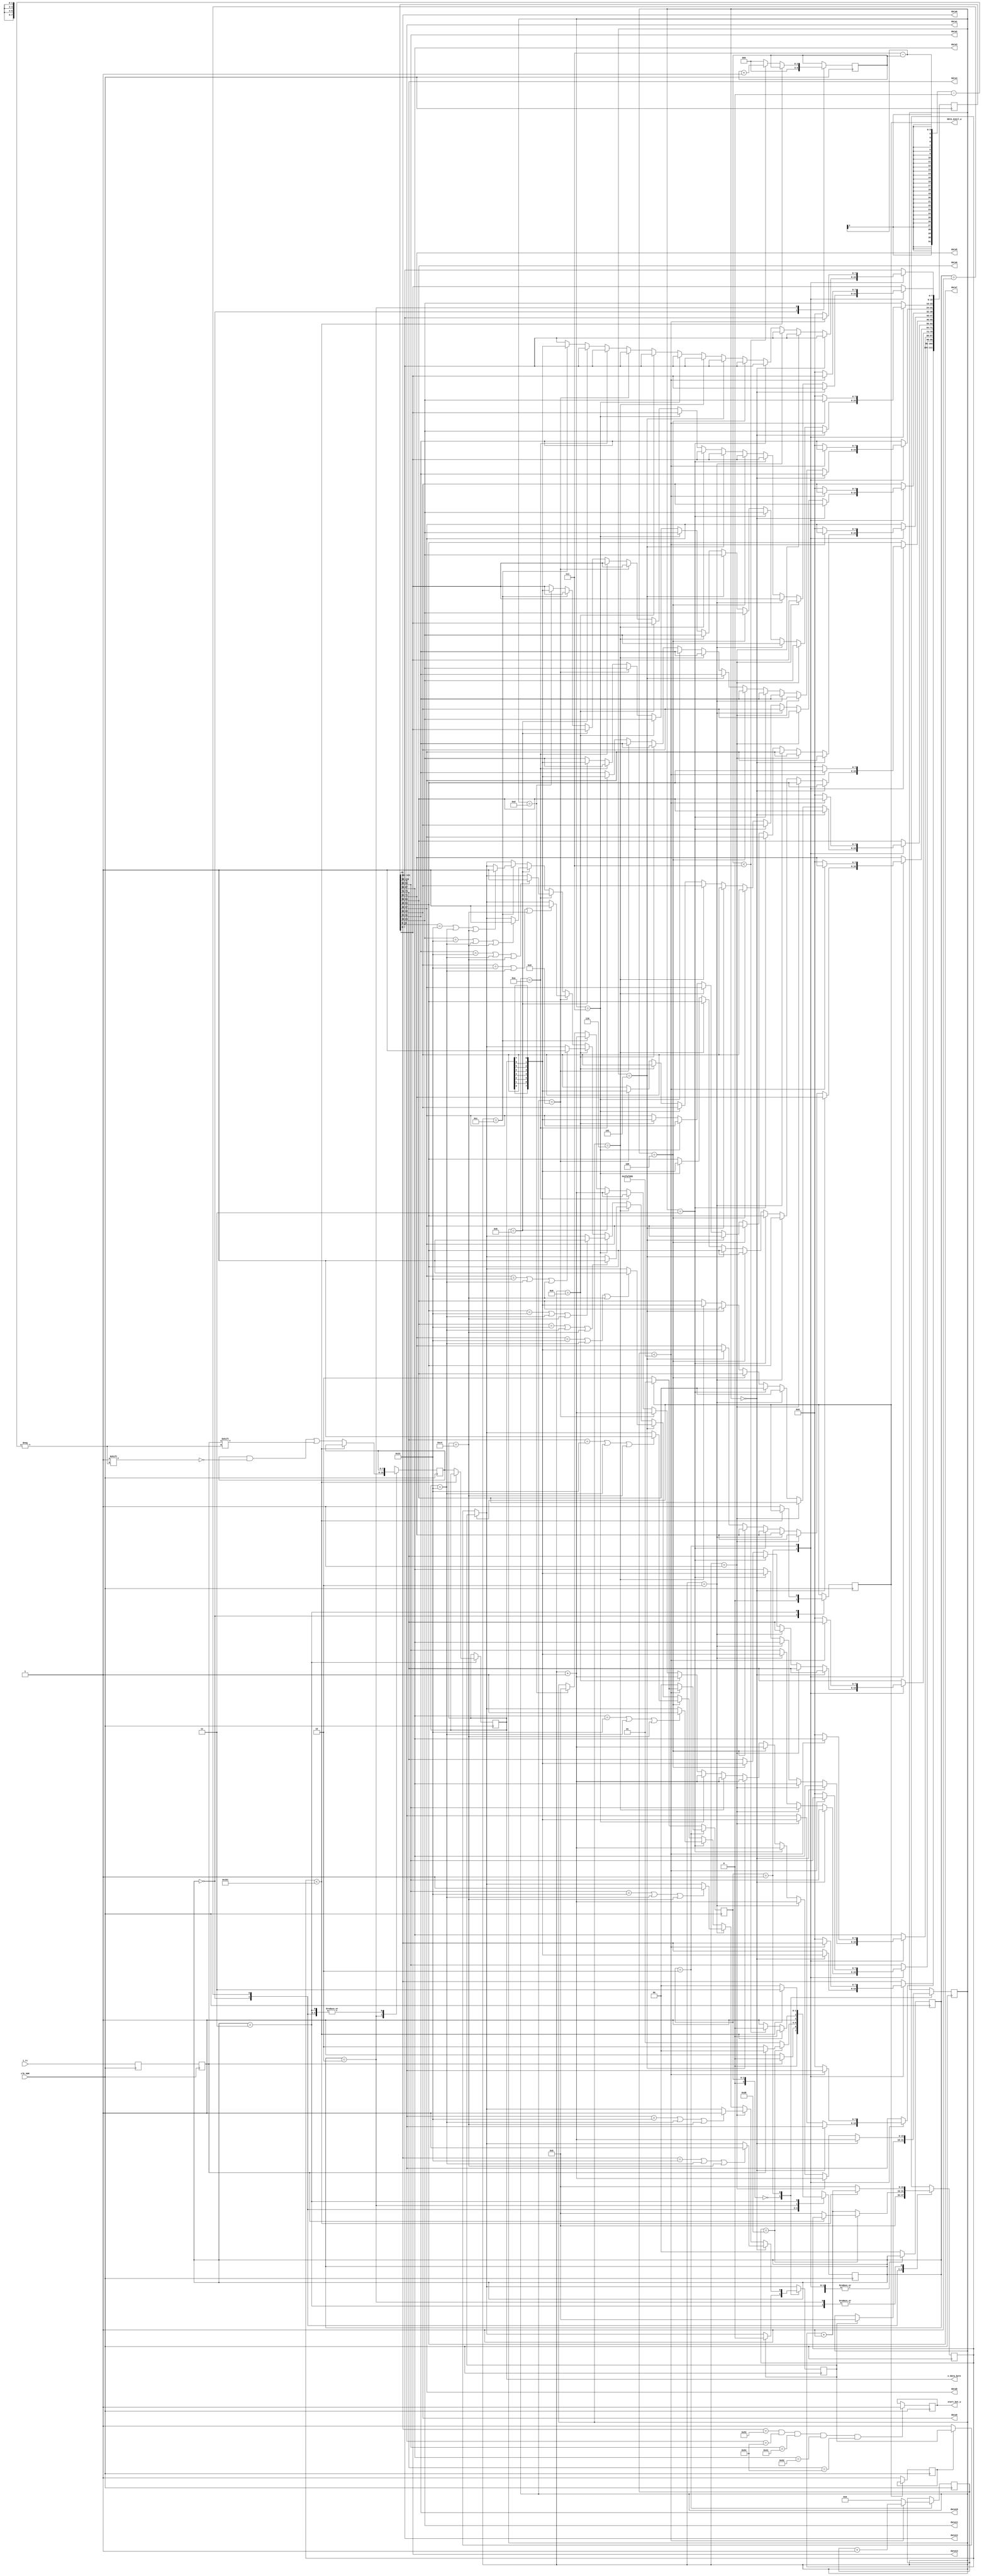
/* 
 * Team Id: 3265
 * Author List: Md Faizan, Sudhanshu Ranjan, Sumit Saroj
 * Filename: controller
 * Theme: Astro Tinker Bot 
 * Functions: controller
 * Global Variables: None
 */


module uart_rx (
  input clk_50M, i_rx,
  output reg [7:0] o_data_byte,
  

output [7:0] data0,
output [7:0] data1,
output [7:0] data2,
output [7:0] data3,
output [7:0] data4,
output [7:0] data5,
output [7:0] data6,
output [7:0] data7,
output [7:0] data8,
output [7:0] data9,
output [7:0] data10,
output [7:0] data11,
output [7:0] data12,
output [7:0] data13,
output  data_avail_w,
output  start_bot_w
 
);

//////////////////DO NOT MAKE ANY CHANGES ABOVE THIS LINE//////////////////


localparam CLKS_PER_BIT  = 434;
localparam IDLE_STATE    = 3'b00;
localparam START_STATE   = 3'b01;
localparam GET_BIT_STATE = 3'b10;
localparam STOP_STATE    = 3'b11;


localparam STORING    = 3'b001;
localparam WAITING    = 3'b000;
localparam RESET_STATE   = 3'b010;


reg [111:0] rx_string=0;
reg [2:0] state2 =3'b000;
reg [31:0] counter2=0;



reg rx_buffer            = 1'b1;
reg rxt                  = 1'b1;

reg [1:0]  state         = 0;
reg [15:0] counter       = 0;
reg [2:0]  bit_index     = 0; //where to place the next bit (0...7)
reg [7:0]  data_byte     = 0;
reg [7:0]  str_reg = 0;
reg [79:0] str_register = 0;
 // Can hold a string of 10 characters
 reg [15:0] uartcount;
 reg [15:0] count = 0;

 reg  hash_found_change_index = 0;

 reg data_avail;
 reg start_bot;
 reg skip=0;
 

initial begin
  o_data_byte = 0; 
  str_register = 0;
  data_avail = 0;
  uartcount=0;
  start_bot=0;
end
 
always @(posedge clk_50M)
begin
  rx_buffer <= i_rx;
  rxt <= rx_buffer;
end

always @(posedge clk_50M) 
begin
  case (state)
    IDLE_STATE :
      begin
        
        data_avail <= 0;
        counter <= 0;
        bit_index <= 0;
        if (rxt == 0)        // Start bit detected
          state <= START_STATE;
        else
          state <= IDLE_STATE;
      end

    START_STATE :
      begin
        if (counter == (CLKS_PER_BIT-1)/2)
        begin
          if (rxt == 0) // If still low at the middle of the start bit
          begin
            counter  <= 0;
            state  <= GET_BIT_STATE;
          end
          else
          begin
            state <= IDLE_STATE;
          end
        end
        else
        begin
          counter <= counter+16'b1;
          state   <= START_STATE;
        end
      end

    GET_BIT_STATE :
      begin
        if (counter < CLKS_PER_BIT-1)
        begin
          counter <= counter+16'b1;
          state   <= GET_BIT_STATE;
        end
        else
        begin
          counter                <= 0;
          data_byte[7-bit_index] <= rxt;

          if(bit_index < 7)
          begin
            bit_index <= bit_index+3'b1;
            state <= GET_BIT_STATE;
          end
          else
          begin
            bit_index <= 0;
            state <= STOP_STATE;
          end
        end
      end

		STOP_STATE:
			begin 
				if (counter<(CLKS_PER_BIT-1))
					begin
						counter <= counter+16'b1;
						state   <= STOP_STATE;
					end
				else
					begin
						// if(rxt == 0)
							// begin

								data_avail <= 1;
								counter		<=	0;
								state			<=	IDLE_STATE;
								// data_byte   <= 0;
								// o_data_byte	<=	0;
							// end
						// else
						// 	begin

						// 		counter		<=	0;
						// 		state			<=	IDLE_STATE;
								o_data_byte	<=	data_byte;
            //     	data_avail	<=	1;

								
						// 	end
					end
				end
				
			default:
			state	<=	IDLE_STATE;
			
		endcase

  
end





always @(posedge clk_50M) begin 


  if(data0=="S" & data1=="T" & data2=="A" & data3=="R" & data4=="T") begin
    start_bot <= 1;
  end


	if(data_avail==1)
	begin
	state2<=STORING;
	
	end
	else if(data_avail==0)
	begin
	state2<=RESET_STATE;
		
  if(skip==0)
  begin
    // o_data_byte[0:7]<=8'b00100011;
    //  o_data_byte[7:0]<=8'b11000100;
    hash_found_change_index<=1;
    // state2<=STORING;
    skip<=1;
  end
	end

          case(state2)

           WAITING : begin                           // wait for the messsage 

		  if(hash_found_change_index==1)
            begin
              uartcount<=0;
              hash_found_change_index<=0;               // reset the messge when hash is found 
            end

          end         

          STORING : begin                     //  for storing the data while recieving
          
          if(uartcount==0)begin
                        rx_string[111:104] <= {o_data_byte[0],o_data_byte[1],o_data_byte[2],o_data_byte[3],o_data_byte[4],o_data_byte[5],o_data_byte[6],o_data_byte[7]};
                        uartcount<=uartcount+1;
                        if(rx_string[111:104]==8'b00100011 | rx_string[111:104]=="#" | o_data_byte== 8'b00100011 | o_data_byte== 8'b11000100 )  
                        begin
                          hash_found_change_index<=1;
                        end

            end
           else if(uartcount==1)begin
                        rx_string[103:96] <= {o_data_byte[0],o_data_byte[1],o_data_byte[2],o_data_byte[3],o_data_byte[4],o_data_byte[5],o_data_byte[6],o_data_byte[7]};
                        uartcount<=uartcount+1;
                        if(rx_string[103:96]==8'b00100011 | rx_string[103:96]=="#" | o_data_byte== 8'b00100011 | o_data_byte== 8'b11000100 )
                        begin
                          hash_found_change_index<=1;
                        end

            end
				 else if(uartcount==2)begin
                        rx_string[95:88] <= {o_data_byte[0],o_data_byte[1],o_data_byte[2],o_data_byte[3],o_data_byte[4],o_data_byte[5],o_data_byte[6],o_data_byte[7]};
                        uartcount<=uartcount+1;
                        if(rx_string[95:88]==8'b00100011 | rx_string[95:88]=="#" | o_data_byte== 8'b00100011 | o_data_byte== 8'b11000100 )
                        begin
                          hash_found_change_index<=1;
                        end
								end
								 else if(uartcount==3)begin
                        rx_string[87:80] <= {o_data_byte[0],o_data_byte[1],o_data_byte[2],o_data_byte[3],o_data_byte[4],o_data_byte[5],o_data_byte[6],o_data_byte[7]};
                        uartcount<=uartcount+1;
                        if(rx_string[87:80] ==8'b00100011 | rx_string[87:80] =="#" | o_data_byte== 8'b00100011 | o_data_byte== 8'b11000100 )
                        begin
                          hash_found_change_index<=1;
                        end
end
								 else if(uartcount==4)begin
                        rx_string[79:72] <= {o_data_byte[0],o_data_byte[1],o_data_byte[2],o_data_byte[3],o_data_byte[4],o_data_byte[5],o_data_byte[6],o_data_byte[7]};
                        uartcount<=uartcount+1;
                        if( rx_string[79:72] ==8'b00100011 |  rx_string[79:72] =="#" | o_data_byte== 8'b00100011 | o_data_byte== 8'b11000100 )
                        begin
                          hash_found_change_index<=1;
                        end
								end


								 else if(uartcount==5)begin
                        rx_string[71:64] <= {o_data_byte[0],o_data_byte[1],o_data_byte[2],o_data_byte[3],o_data_byte[4],o_data_byte[5],o_data_byte[6],o_data_byte[7]};
                        uartcount<=uartcount+1;
                        if(rx_string[71:64]==8'b00100011 | rx_string[71:64]=="#" | o_data_byte== 8'b00100011 | o_data_byte== 8'b11000100 )
                        begin
                          hash_found_change_index<=1;
                        end
end

             else if(uartcount==6)begin
                        rx_string[63:56] <= {o_data_byte[0],o_data_byte[1],o_data_byte[2],o_data_byte[3],o_data_byte[4],o_data_byte[5],o_data_byte[6],o_data_byte[7]};
                        uartcount<=uartcount+1;
                        if(rx_string[63:56]==8'b00100011 | rx_string[63:56]=="#" | o_data_byte== 8'b00100011 | o_data_byte== 8'b11000100 )
                        begin
                          hash_found_change_index<=1;
                        end

            end
             else if(uartcount==7)begin
                        rx_string[55:48] <= {o_data_byte[0],o_data_byte[1],o_data_byte[2],o_data_byte[3],o_data_byte[4],o_data_byte[5],o_data_byte[6],o_data_byte[7]};
                        uartcount<=uartcount+1;
                        if(rx_string[55:48]==8'b00100011 | rx_string[55:48]=="#" | o_data_byte== 8'b00100011 | o_data_byte== 8'b11000100)
                        begin
                          hash_found_change_index<=1;
                        end

            end
             else if(uartcount==8)begin
                        rx_string[47:40] <= {o_data_byte[0],o_data_byte[1],o_data_byte[2],o_data_byte[3],o_data_byte[4],o_data_byte[5],o_data_byte[6],o_data_byte[7]};
                        uartcount<=uartcount+1;
                        if(rx_string[47:40]==8'b00100011 | rx_string[47:40]=="#" | o_data_byte== 8'b00100011 | o_data_byte== 8'b11000100 )
                        begin
                          hash_found_change_index<=1;
                        end
            end
             else if(uartcount==9)begin
                        rx_string[39:32] <= {o_data_byte[0],o_data_byte[1],o_data_byte[2],o_data_byte[3],o_data_byte[4],o_data_byte[5],o_data_byte[6],o_data_byte[7]};
                        uartcount<=uartcount+1;
                        if(rx_string[39:32]==8'b00100011 | rx_string[39:32]=="#" | o_data_byte== 8'b00100011 | o_data_byte== 8'b11000100)
                        begin
                          hash_found_change_index<=1;
                        end


            end
             else if(uartcount==10)begin
                        rx_string[31:24] <= {o_data_byte[0],o_data_byte[1],o_data_byte[2],o_data_byte[3],o_data_byte[4],o_data_byte[5],o_data_byte[6],o_data_byte[7]};
                        uartcount<=uartcount+1;
                        if(rx_string[31:24]==8'b00100011  | rx_string[31:24]=="#" | o_data_byte== 8'b00100011 | o_data_byte== 8'b11000100)
                        begin
                          hash_found_change_index<=1;
                        end

            end
             else if(uartcount==11)begin
                        rx_string[23:16] <= {o_data_byte[0],o_data_byte[1],o_data_byte[2],o_data_byte[3],o_data_byte[4],o_data_byte[5],o_data_byte[6],o_data_byte[7]};
                        uartcount<=uartcount+1;
                        if(rx_string[23:16]==8'b00100011  | rx_string[23:16]=="#" | o_data_byte== 8'b00100011 | o_data_byte== 8'b11000100)
                        begin
                          hash_found_change_index<=1;
                        end


            end
             else if(uartcount==12)begin
                        rx_string[15:8] <= {o_data_byte[0],o_data_byte[1],o_data_byte[2],o_data_byte[3],o_data_byte[4],o_data_byte[5],o_data_byte[6],o_data_byte[7]};
                        uartcount<=uartcount+1;
                        if(rx_string[15:8]==8'b00100011  | rx_string[15:8]=="#" | o_data_byte== 8'b00100011 | o_data_byte== 8'b11000100)   
                        begin
                          hash_found_change_index<=1;
                        end

            end
             else if(uartcount==13)begin
                        rx_string[7:0] <= {o_data_byte[0],o_data_byte[1],o_data_byte[2],o_data_byte[3],o_data_byte[4],o_data_byte[5],o_data_byte[6],o_data_byte[7]};
                uartcount <= 0;
            end
          
           
          end
			 
			 RESET_STATE: begin                //  for erasing the data recieved after 1 second
			 if(counter2<50000000) begin
			 counter2<=counter2+1;
			 end
			 else begin
  		counter2 <=0;
			 
      rx_string[111:0]<=0;      
      state2<= WAITING;
      end

       end 

			 default:
			state	<=	WAITING;

          
          endcase
          end


assign data0[7:0] = rx_string[111:104];
assign data1[7:0] = rx_string[103:96];
assign data2[7:0] = rx_string[95:88];
assign data3[7:0] = rx_string[87:80];
assign data4[7:0] = rx_string[79:72];
assign data5[7:0] = rx_string[71:64];
assign data6[7:0] = rx_string[63:56];
assign data7[7:0] = rx_string[55:48];
assign data8[7:0] = rx_string[47:40];
assign data9[7:0] = rx_string[39:32];
assign data10[7:0] = rx_string[31:24];
assign data11[7:0] = rx_string[23:16];
assign data12[7:0] = rx_string[15:8];
assign data13[7:0] = rx_string[7:0];


assign data_avail_w = data_avail;
assign start_bot_w =start_bot;




endmodule